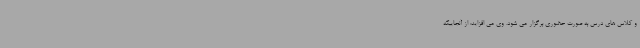
و کلاس های درس به صورت حضوری برگزار می شود. وی می افزاید: از آنجاییکه